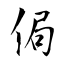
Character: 侷